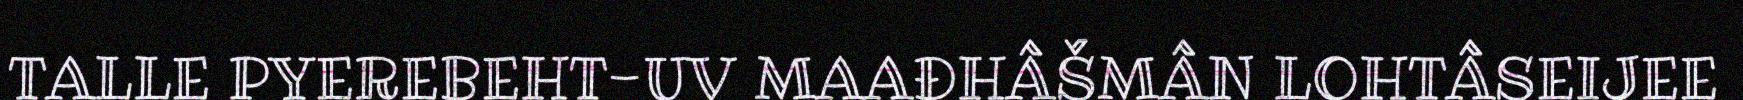
TALLE PYEREBEHT-UV MAAĐHÂŠMÂN LOHTÂSEIJEE